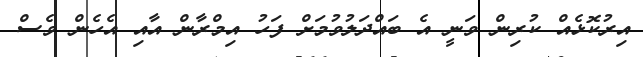
އިރުކޮޅެއް ކުރިން ވަނީ އެ ބައްދަލުވުމަށް ފަހު އިމްރާން އާއި އެހެން ވެސް